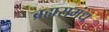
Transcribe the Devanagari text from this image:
ब्रह्मसमंध